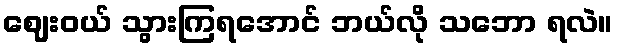
ဈေးဝယ် သွားကြရအောင် ဘယ်လို သဘော ရလဲ။